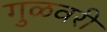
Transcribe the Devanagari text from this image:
गुळवरी